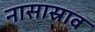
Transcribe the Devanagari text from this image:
नासास्राव